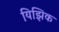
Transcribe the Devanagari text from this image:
यिझिक